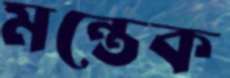
মন্তেক